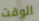
الوقت